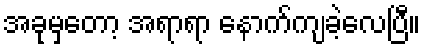
အခုမှတော့ အရာရာ နောက်ကျခဲ့လေပြီ။